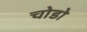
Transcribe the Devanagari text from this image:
चोडो